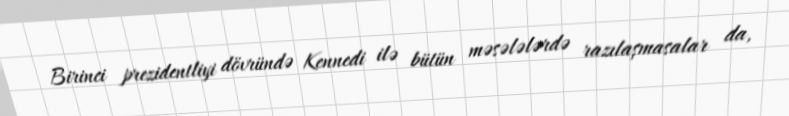
Birinci prezidentliyi dövründə Kennedi ilə bütün məsələlərdə razılaşmasalar da,